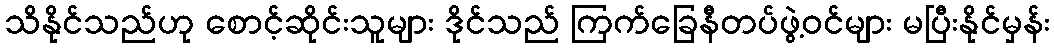
သိနိုင်သည်ဟု စောင့်ဆိုင်းသူများ ဒိုင်သည် ကြက်ခြေနီတပ်ဖွဲ့ဝင်များ မပြီးနိုင်မှန်း